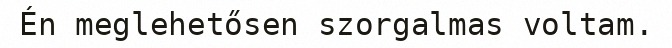
Én meglehetősen szorgalmas voltam.